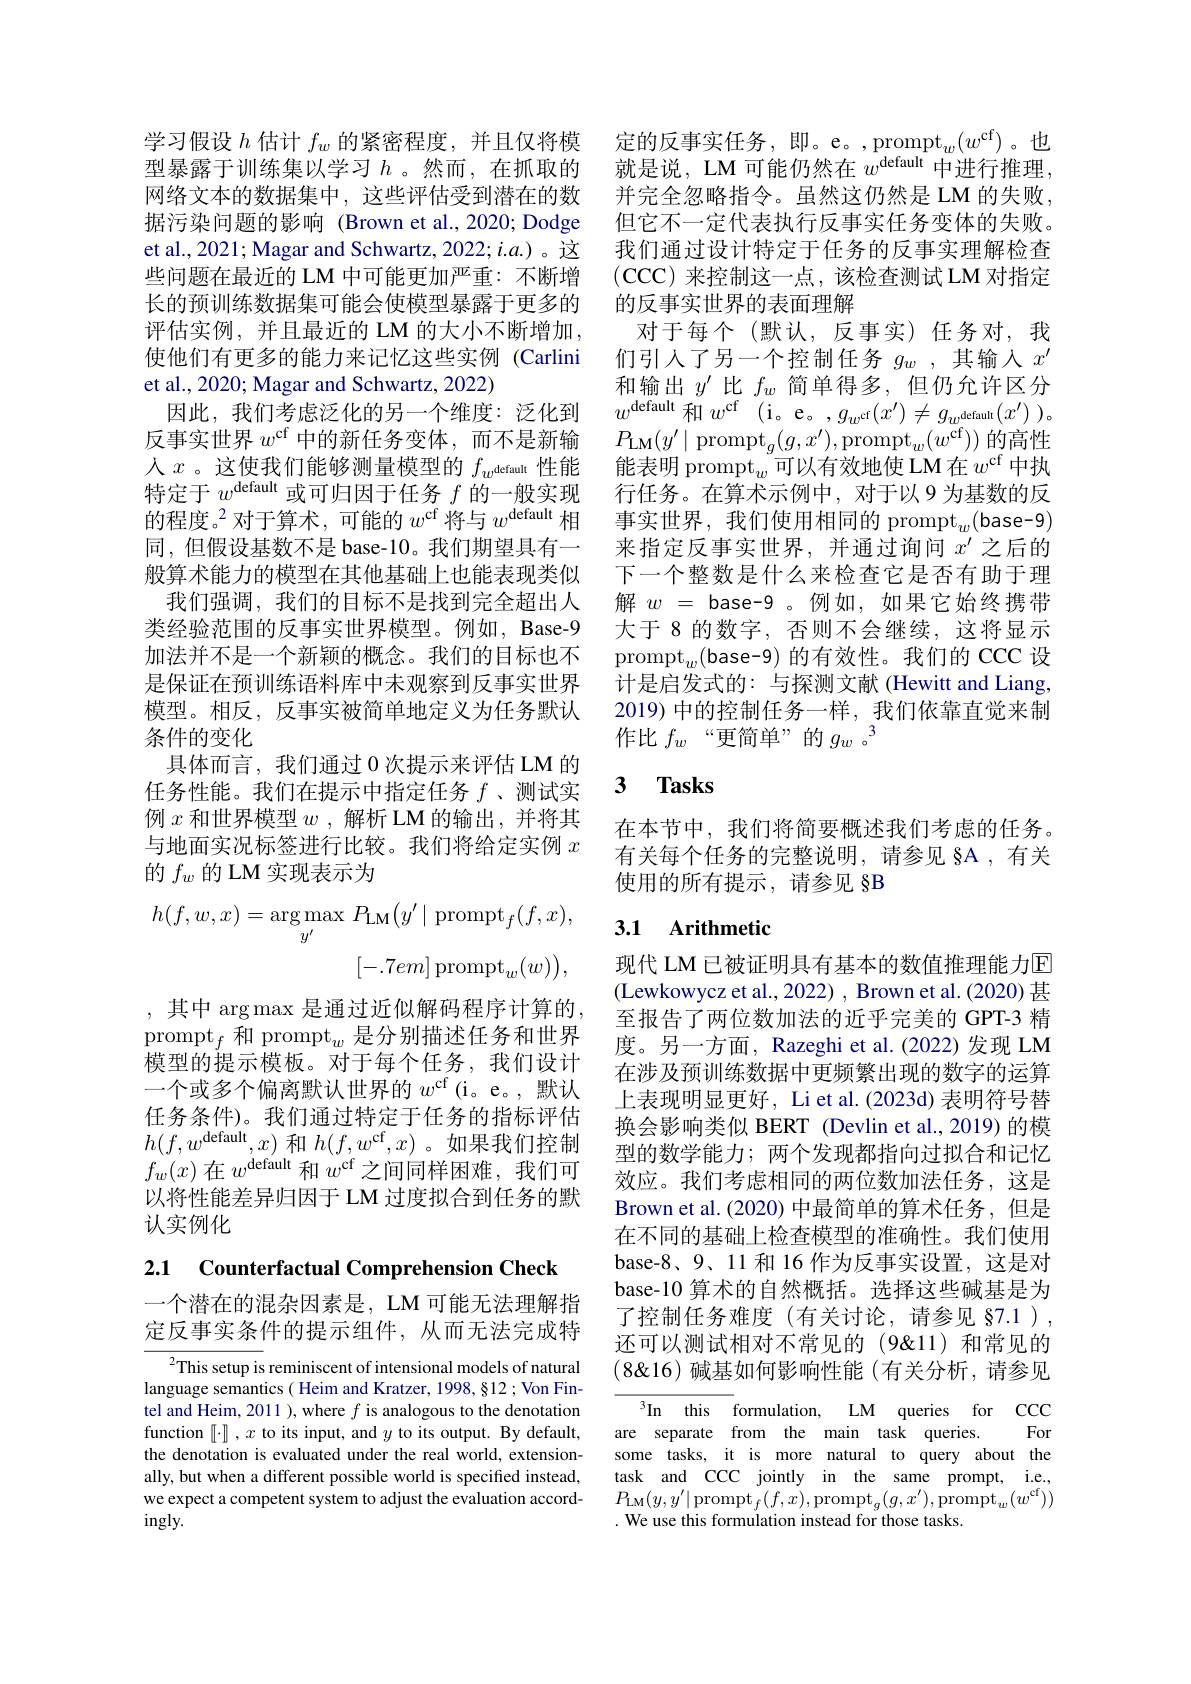
网络文本的数据集中，这些评估受到潜在的数据污染问题的影响(Brown et al.,2020; Dodge et al., 2021; Magar and Schwartz, 2022; $i.a.)$。这些问题在最近的 LM 中可能更加严重：不断增长的预训练数据集可能会使模型暴露于更多的评估实例，并且最近的 LM 的大小不断增加， 使他们有更多的能力来记忆这些实例 (Carlini et al., 2020; Magar and Schwartz, 2022)
因此，我们考虑泛化的另一个维度：泛化到反事实世界$w^\mathrm{cf}$中的新任务变体，而不是新输人$x$。这使我们能够测量模型的$f_w^\mathrm{default}$性能特定于$w^\mathrm{default}$或可归因于任务$f$的一般实现的程度。$^2$对于算术，可能的$w^\mathrm{cf}$将与$w^\mathrm{default}$相同，但假设基数不是 base-10。我们期望具有一般算术能力的模型在其他基础上也能表现类似
我们强调，我们的目标不是找到完全超出人类经验范围的反事实世界模型。例如，Base-9加法并不是一个新颖的概念。我们的目标也不是保证在预训练语料库中未观察到反事实世界模型。相反，反事实被简单地定义为任务默认条件的变化
具体而言，我们通过0次提示来评估 LM 的任务性能。我们在提示中指定任务$f$、测试实例$x$和世界模型$w$ ,解析 LM 的输出，并将其与地面实况标签进行比较。我们将给定实例$x$ 的$f_w$的 LM 实现表示为
$$\begin{aligned}h(f,w,x)&=\arg\max_{y^{\prime}}P_{\mathrm{LM}}\big(y^{\prime}\:|\:\mathrm{prompt}_{f}(f,x),\\&[-.7em]\operatorname{prompt}_{w}(w)\Big),\end{aligned}$$
,其中 arg max 是通过近似解码程序计算的$\mathrm{prompt}_f$和 prompt$_w$是分别描述任务和世界模型的提示模板。对于每个任务，我们设计一个或多个偏离默认世界的$w^\mathrm{cf}$ (i。e。, 默认任务条件)。我们通过特定于任务的指标评估$h(f,w^{\mathrm{default}},x)$和$h(f,w^\mathrm{cf},x)$ 。如果我们控制$f_w(x)$在$w^\text{default}$和$w^\mathrm{cf}$之间同样困难，我们可以将性能差异归因于 LM 过度拟合到任务的默认实例化

2.1 Counterfactual Comprehension Check

一个潜在的混杂因素是，LM 可能无法理解指定反事实条件的提示组件，从而无法完成特

${^{2}\text{This setup is}}$ reminiscent of intensional models of natural language semantics( Heim and Kratzer, 1998, §12; Von Fintel and Heim, 2011 ), where $f$ is analogous to the denotation function $[ \cdot ]$ , $x$ to its input, and $y$ to its output. By default, the denotation is evaluated under the real world, extensionally, but when a different possible world is specified instead, we expect a competent system to adjust the evaluation accord- $ingly.$

学 习 假 设 $h$ 估 计 $f_{w}$ 的 紧 密 程 度 , 并 且 仅 将 模 $\text{定 的 反 事 实 任 务 , 即 。e。, prompt}_{w}( w^{\mathrm{cf}})$。也 型 暴 露 于 训 练 集 以 学 习 $h$。然 而 , 在 抓 取 的 就 是 说 , LM 可 能 仍 然 在 $w^{\mathrm{default}}$中 进 行 推 理 ,
并完全忽略指令。虽然这仍然是 LM 的失败， 但它不一定代表执行反事实任务变体的失败。我们通过设计特定于任务的反事实理解检查(CCC)来控制这一点，该检查测试 LM 对指定的反事实世界的表面理解
对于每个(默认，反事实)任务对，我们引入了另一个控制任务$g_w$ ,其输入$x^\prime$ 和输出$y^\prime$比$f_w$简单得多，但仍允许区分$w^{\mathrm{default}}$和$w^\mathrm{cf}$ (i。e。$,g_w^\mathrm{cf}(x^{\prime})\neq g_w^\mathrm{default}(x^{\prime}))$。$P_{\mathrm{LM}}(y^{\prime}\mid$prompt$_g(g,x^\prime)$,prompt$_w(w^\mathrm{cf}))$的高性能表明 prompt$_w$可以有效地使 LM 在 $w^\mathrm{cf}$ 中执行任务。在算术示例中，对于以 9 为基数的反事实世界，我们使用相同的 prompt$_w($base-9) 来指定反事实世界，并通过询问$x^\prime$之后的下一个整数是什么来检查它是否有助于理解$w=$base-9。例如，如果它始终携带大于 8 的数字，否则不会继续，这将显示$\mathrm{prompt}_w($base-9)的有效性。我们的 CCC 设计是启发式的：与探测文献(Hewitt and Liang, 2019) 中的控制任务一样，我们依靠直觉来制作比$f_w$“更简单”的$g_w$ 。3

# 3 $\mathbf{Tasks}$

在本节中，我们将简要概述我们考虑的任务。有关每个任务的完整说明，请参见 §A ,有关使用的所有提示，请参见§B

# 3.1 Arithmetic

现代 LM 已被证明具有基本的数值推理能力回(Lewkowycz et al., 2022) , Brown et al. (2020) 甚至报告了两位数加法的近乎完美的 GPT-3 精度。另一方面，Razeghi et al.(2022)发现 LM 在涉及预训练数据中更频繁出现的数字的运算上表现明显更好，Li et al.(2023d) 表明符号替换会影响类似 BERT (Devlin et al., 2019) 的模型的数学能力；两个发现都指向过拟合和记忆效应。我们考虑相同的两位数加法任务，这是Brown et al. (2020) 中最简单的算术任务，但是在不同的基础上检查模型的准确性。我们使用base-8、9、11 和 16 作为反事实设置，这是对base-10 算术的自然概括。选择这些碱基是为了控制任务难度(有关讨论，请参见 §7.1 ), 还可以测试相对不常见的(9&11)和常见的$(8\&16)$碱基如何影响性能 (有关分析，请参见
$^{3}$In this formulation, LM queries for CCC
For
are separate from the main task queries.
some tasks, it is more natural to query about the task and CCC jointly in the same prompt, i.e., $P_{\mathrm{LM}}(y,y^{\prime}|\operatorname{prompt}_{f}(f,x),\operatorname{prompt}_{g}(g,x^{\prime}),\operatorname{prompt}_{w}(w^{\mathrm{cf}}))$ . We use this formulation instead for those tasks.